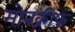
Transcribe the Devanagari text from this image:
मोनक्रीफ़